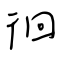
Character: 徊